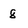
Character: 8